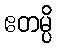
ဧတမ္ပိ